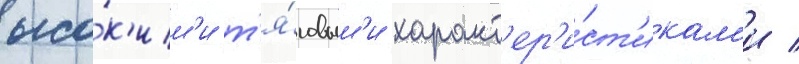
высо́к'им'и т'я́говым'и характ'ер'и́ст'икам'и /